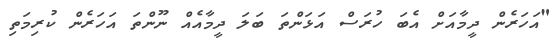
"އަހަރެން ދީމާއަށް އެބަ ހުރަސް އަޅަންތަ ބަލަ ދީމާއެއް ނޫންތަ އަހަރެން ކުރިމަތި